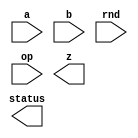
////////////////////////////////////////////////////////////////////////////////
//
//       This confidential and proprietary software may be used only
//     as authorized by a licensing agreement from Synopsys Inc.
//     In the event of publication, the following notice is applicable:
//
//                    (C) COPYRIGHT 2005 - 2018 SYNOPSYS INC.
//                           ALL RIGHTS RESERVED
//
//       The entire notice above must be reproduced on all authorized
//     copies.
//
//
// VERSION:   Verilog Simulation Model for FP adder/subtractor
//
// DesignWare_version: 19113516
// DesignWare_release: O-2018.06-DWBB_201806.5
//
////////////////////////////////////////////////////////////////////////////////
//-------------------------------------------------------------------------------
//
// ABSTRACT: Floating-point two-operand Adder/Subtractor
//           Computes the addition/subtraction of two FP numbers. 
//           The format of the FP numbers is defined by the number of bits 
//           in the significand (sig_width) and the number of bits in the 
//           exponent (exp_width).
//           The total number of bits in the FP number is sig_width+exp_width+1
//           since the sign bit takes the place of the MS bits in the significand
//           which is always 1 (unless the number is a denormal; a condition 
//           that can be detected testing the exponent value).
//           The output is a FP number and status flags with information about
//           special number representations and exceptions. 
//           Subtraction is forced when op=1.
//              parameters      valid values (defined in the DW manual)
//              ==========      ============
//              sig_width       significand size,  2 to 253 bits
//              exp_width       exponent size,     3 to 31 bits
//              ieee_compliance 0 or 1 (default 0)
//
//              Input ports     Size & Description
//              ===========     ==================
//              a               (sig_width + exp_width + 1)-bits
//                              Floating-point Number Input
//              b               (sig_width + exp_width + 1)-bits
//                              Floating-point Number Input
//              rnd             3 bits
//                              rounding mode
//              op              1 bit
//                              add/sub control: 0 for add - 1 for sub
//
//              Output ports    Size & Description
//              ===========     ==================
//              z               (sig_width + exp_width + 1) bits
//                              Floating-point Number result
//              status          byte
//                              info about FP results
//
// MODIFIED:
//        7/21/2006: 
//           - includes manipulation of inexact bit
//           - fixes value assigned to HugeInfinity when rnd=4 (up) RND_eval
//           - fixes some special cases when rounding close to inf and zero
//        12/14/06: modifications based on code review by Kyung-Nam Han
//
//-------------------------------------------------------------------------------

module DW_fp_addsub (a, b, rnd, op, z, status);
parameter integer sig_width=23;
parameter integer exp_width=8;  
parameter integer ieee_compliance=0;                    

// declaration of inputs and outputs
input  [sig_width+exp_width:0] a,b;
input  [2:0] rnd;
input  op;
output [7:0] status;
output [sig_width+exp_width:0] z;

    // synopsys translate_off

  //-------------------------------------------------------------------------
  // Parameter legality check
  //-------------------------------------------------------------------------
  
 
  initial begin : parameter_check
    integer param_err_flg;

    param_err_flg = 0;
    
  
    if ( (sig_width < 2) || (sig_width > 253) ) begin
      param_err_flg = 1;
      $display(
	"ERROR: %m :\n  Invalid value (%d) for parameter sig_width (legal range: 2 to 253)",
	sig_width );
    end
  
    if ( (exp_width < 3) || (exp_width > 31) ) begin
      param_err_flg = 1;
      $display(
	"ERROR: %m :\n  Invalid value (%d) for parameter exp_width (legal range: 3 to 31)",
	exp_width );
    end
  
    if ( (ieee_compliance < 0) || (ieee_compliance > 1) ) begin
      param_err_flg = 1;
      $display(
	"ERROR: %m :\n  Invalid value (%d) for parameter ieee_compliance (legal range: 0 to 1)",
	ieee_compliance );
    end
  
    if ( param_err_flg == 1) begin
      $display(
        "%m :\n  Simulation aborted due to invalid parameter value(s)");
      $finish;
    end

  end // parameter_check 




function [4-1:0] RND_eval;

  input [2:0] RND;
  input [0:0] Sign;
  input [0:0] L,R,STK;


  begin
  RND_eval[0] = 0;
  RND_eval[1] = R|STK;
  RND_eval[2] = 0;
  RND_eval[3] = 0;
  if ($time > 0)
  case (RND)
    3'b000:
    begin
      RND_eval[0] = R&(L|STK);
      RND_eval[2] = 1;
      RND_eval[3] = 0;
    end
    3'b001:
    begin
      RND_eval[0] = 0;
      RND_eval[2] = 0;
      RND_eval[3] = 0;
    end
    3'b010:
    begin
      RND_eval[0] = ~Sign & (R|STK);
      RND_eval[2] = ~Sign;
      RND_eval[3] = ~Sign;
    end
    3'b011:
    begin
      RND_eval[0] = Sign & (R|STK);
      RND_eval[2] = Sign;
      RND_eval[3] = Sign;
    end
    3'b100:
    begin
      RND_eval[0] = R;
      RND_eval[2] = 1;
      RND_eval[3] = 0;
    end
    3'b101:
    begin
      RND_eval[0] = R|STK;
      RND_eval[2] = 1;
      RND_eval[3] = 1;
    end
    default:
      $display("Error! illegal rounding mode.\n");
  endcase
  end

endfunction


// definitions used in the code

reg [8    -1:0] status_int;
reg [(exp_width + sig_width):0] z_temp,Large,Small;
reg [0:0] swap,subtract,STK;
reg [exp_width-1:0] E_Large,E_Small,E_Diff; // Exponents.
reg [sig_width-1:0] F_Large,F_Small;        // Fractions.
reg [exp_width+1:0] E_Comp;                 // The biggest possible exponent
reg [((sig_width + 3 + 3        ) - 2):0] M_Large,M_Small;       // The Mantissa numbers.
reg [((sig_width + 3 + 3        ) - 2):0] M_Z;                   // The Mantissa numbers.
reg [4-1:0] RND_val;         // Values returned by RND_eval function.
reg [(exp_width + sig_width):0] NaNFp;          // NaN FP number
reg [(exp_width + sig_width):0] b_int;          // internal value of b
reg Denormal_Large;                  // signals a denormal as a large operand
reg Denormal_Small;                  // signals a denormal as a small operand

// main process of information
always @(a or b or rnd or op)
begin
  NaNFp = {1'b0,{exp_width{1'b1}},{sig_width-1{1'b0}},1'b1};
  status_int = 0;
  b_int = b;
  b_int[(exp_width + sig_width)] = (op == 1)?~b[(exp_width + sig_width)]:b[(exp_width + sig_width)];
  subtract = a[(exp_width + sig_width)] ^ b_int[(exp_width + sig_width)];

  swap = a[((exp_width + sig_width) - 1):0] < b[((exp_width + sig_width) - 1):0];
  Large = swap ? b_int : a;
  Small = swap ? a : b_int;
  E_Large = Large[((exp_width + sig_width) - 1):sig_width];
  E_Small = Small[((exp_width + sig_width) - 1):sig_width];
  F_Large = Large[(sig_width - 1):0];
  F_Small = Small[(sig_width - 1):0];

  // 
  // NaN Input
  // 
  if ((((E_Large === ((((1 << (exp_width-1)) - 1) * 2) + 1)) && (F_Large !== 0)) ||
      ((E_Small === ((((1 << (exp_width-1)) - 1) * 2) + 1)) && (F_Large !== 0))) && ieee_compliance === 1)
    begin
      z_temp = NaNFp;
      status_int[2] = 1;
    end
  //
  // Infinity Input
  //
  else 
    if (E_Large === ((((1 << (exp_width-1)) - 1) * 2) + 1) && (F_Large === 0 || ieee_compliance === 0)) 
      begin
   	status_int[1] = 1;
        z_temp = Large;
        // zero out the fractional part
        z_temp[(sig_width - 1):0] = 0;
   	// Watch out for Inf-Inf !
   	if ( (E_Small === ((((1 << (exp_width-1)) - 1) * 2) + 1)) && (F_Large === 0 || ieee_compliance === 0) && (subtract === 1) )
    	  begin
            status_int[2] = 1;
            if (ieee_compliance)   
              begin
                status_int[1] = 0;
                z_temp = NaNFp;
              end
            else
              z_temp[(exp_width + sig_width)] = 0;  // use positive inf. to represent NaN
   	  end
      end
    //
    // Zero Input (or denormal input when ieee_compliance == 0)
    //
    else 
      if (E_Small == 0 && ((ieee_compliance == 0) || (F_Small == 0)))
        begin
           z_temp = Large;
           // watch out for 0-0 !
           if (E_Large === 0 && ((ieee_compliance == 0) || (F_Large == 0)))
      	     begin
      	       status_int[0] = 1;
               // Set the fraction to 000...
               z_temp = 0;
               if (subtract) 
                 if (rnd === 3'b011) z_temp[(exp_width + sig_width)] = 1;
                 else                z_temp[(exp_width + sig_width)] = 0;
               else                  z_temp[(exp_width + sig_width)] = a[(exp_width + sig_width)];
             end
        end
      //
      // Normal Inputs
      //
      else
        begin
          // Detect the denormal input case
          if ((E_Large == 0) && (F_Large != 0)) 
            begin
              // M_Large contains the Mantissa of denormal value
              M_Large = {2'b00,F_Large,3'b000};
              Denormal_Large = 1'b1;
            end
          else
            begin
              // M_Large is the Mantissa for Large number
              M_Large = {2'b01,F_Large,3'b000};
              Denormal_Large = 1'b0;
            end
   
          if ((E_Small == 0) && (F_Small != 0)) 
            begin
              // M_Small contains the Mantissa of denormal value
              M_Small = {2'b00,F_Small,3'b000};
              Denormal_Small = 1'b1;
            end
          else
            begin
              // M_Small is the Mantissa for Small number
              M_Small = {2'b01,F_Small,3'b000};
              Denormal_Small = 1'b0;
            end

          // When one of the inputs is a denormal, we need to
          // compensate because the exponent for a denormal is
          // actually 1, and not 0.
          if ((Denormal_Large ^ Denormal_Small) == 1'b1) 
            E_Diff = E_Large - E_Small - 1;
	  else
            E_Diff = E_Large - E_Small;

          // Shift right by E_Diff for Small number: M_Small.
          STK = 0;
          while ( (M_Small != 0) && (E_Diff != 0) )
            begin
              STK = M_Small[0] | STK;
              M_Small = M_Small >> 1;
              E_Diff = E_Diff - 1;
            end
          M_Small[0] = M_Small[0] | STK;

          // Compute M_Z result: a +/- b
          if (subtract === 0) M_Z = M_Large + M_Small;
          else M_Z = M_Large - M_Small;

          // ----------------------------------------------------------
          //  Post Process
          // -----------------------------------------------------------
          E_Comp = {2'b00, E_Large};

          //
          // Exact 0 special case after the computation.
          //
            if (M_Z === 0)
              begin
                status_int[0] = 1;
                z_temp = 0;
                // If rounding mode is -Infinity, the sign bit is 1; 
                // otherwise the sign bit is 0.
                if (rnd === 3'b011) z_temp[(exp_width + sig_width)] = 1;
              end
            //
            // Normal case after the computation.
            //
            else
              begin
                // Normalize the Mantissa for computation overflow case.
                if (M_Z[((sig_width + 3 + 3        ) - 2)] === 1)
                  begin
                    E_Comp = E_Comp + 1;
                    STK = M_Z[0];
                    M_Z = M_Z >> 1;
                    M_Z[0] = M_Z[0] | STK;
                  end

                // Normalize the Mantissa for leading zero case.
                while ( (M_Z[((sig_width + 3 + 3        ) - 2)-1] === 0) && (E_Comp > 1) )
                  begin
                    E_Comp = E_Comp - 1;
                    M_Z = M_Z << 1;
                  end

                // test if the output of the normalization unit is still not normalized
                if (M_Z[((sig_width + 3 + 3        ) - 2):((sig_width + 3 + 3        ) - 2)-1] === 0)
	          if (ieee_compliance == 1) 
                    begin
                      z_temp = {Large[(exp_width + sig_width)],{exp_width{1'b0}}, M_Z[((sig_width + 3 + 3        ) - 2)-2:3]};
                      status_int[3] = 0;
                      if ((STK == 1) || (M_Z[(3 - 1):0] != 0))
                        status_int[5] = 1;
                      if (M_Z[((sig_width + 3 + 3        ) - 2)-2:3] == 0) 
                        status_int[0] = 1; 
                    end
                  else // when denormal is not used --> becomes zero or minFP
                    begin
                      if ((rnd == 2 & ~Large[(exp_width + sig_width)]) | 
                          (rnd == 3 & Large[(exp_width + sig_width)]) | 
                          (rnd == 5)) 
                        begin
                          z_temp = {Large[(exp_width + sig_width)],{exp_width-1{1'b0}},{1'b1},{sig_width{1'b0}}};
                          status_int[0] = 0;
                        end
                      else
                        begin
                          z_temp = {Large[(exp_width + sig_width)],{exp_width{1'b0}}, {sig_width{1'b0}}};
                          status_int[0] = 1;
                        end
                      status_int[3] = 1;
                      status_int[5] = 1;
                    end
                else
                  begin
                    // Round M_Z according to the rounding mode (rnd).
                    RND_val = RND_eval(rnd, Large[(exp_width + sig_width)], M_Z[3], M_Z[(3 - 1)], (|{M_Z[1:0]}));

                    if (RND_val[0] === 1) M_Z = M_Z + (1<<3);
 
                    // Normalize the Mantissa for overflow case after rounding.
                    if ( (M_Z[((sig_width + 3 + 3        ) - 2)] === 1) )
                      begin
                        E_Comp = E_Comp + 1;
                        M_Z = M_Z >> 1;
                      end

                    //
                    // Huge
                    //
                    if (E_Comp >= ((((1 << (exp_width-1)) - 1) * 2) + 1))
                      begin
                        status_int[4] = 1;
                        status_int[5] = 1;
                        if(RND_val[2] === 1)
                          begin
                            // Infinity
                            M_Z[((sig_width + 3 + 3        ) - 2)-2:3] = 0;
                            E_Comp = ((((1 << (exp_width-1)) - 1) * 2) + 1);
                            status_int[1] = 1;
                          end
                        else
                          begin
                            // MaxNorm
                            E_Comp = ((((1 << (exp_width-1)) - 1) * 2) + 1) - 1;
                            M_Z[((sig_width + 3 + 3        ) - 2)-2:3] = -1;
                          end
                      end
                    //
                    // Tiny or Denormal
                    //
                    else 
                      if (E_Comp <= 0) E_Comp = 0 + 1;
    
                    //
                    // Normal  (continues)
                    //
                    status_int[5] = status_int[5] | RND_val[1];
                    // Reconstruct the floating point format.
                    z_temp = {Large[(exp_width + sig_width)],E_Comp[exp_width-1:0],M_Z[((sig_width + 3 + 3        ) - 2)-2:3]};
                  end //  result is normal value 
              end  // Normal computation case
        end    // non-special inputs
end

assign status = ((^(a ^ a) !== 1'b0) || (^(b ^ b) !== 1'b0) || (^(rnd ^ rnd) !== 1'b0) || (^(op ^ op) !== 1'b0)) ? {8'bx} : status_int;
assign z = ((^(a ^ a) !== 1'b0) || (^(b ^ b) !== 1'b0) || (^(rnd ^ rnd) !== 1'b0) || (^(op ^ op) !== 1'b0)) ? {sig_width+exp_width+1{1'bx}} : z_temp;

    // synopsys translate_on

endmodule